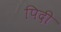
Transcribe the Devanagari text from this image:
पिदी